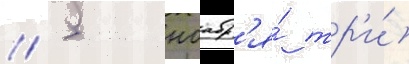
// 5 ноабр'я́ тр'и́